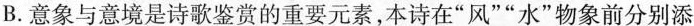
B.意象与意境是诗歌鉴赏的重要元素，本诗在”风””水”物象前分别添